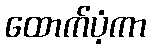
ထောက်ပံ့ကာ